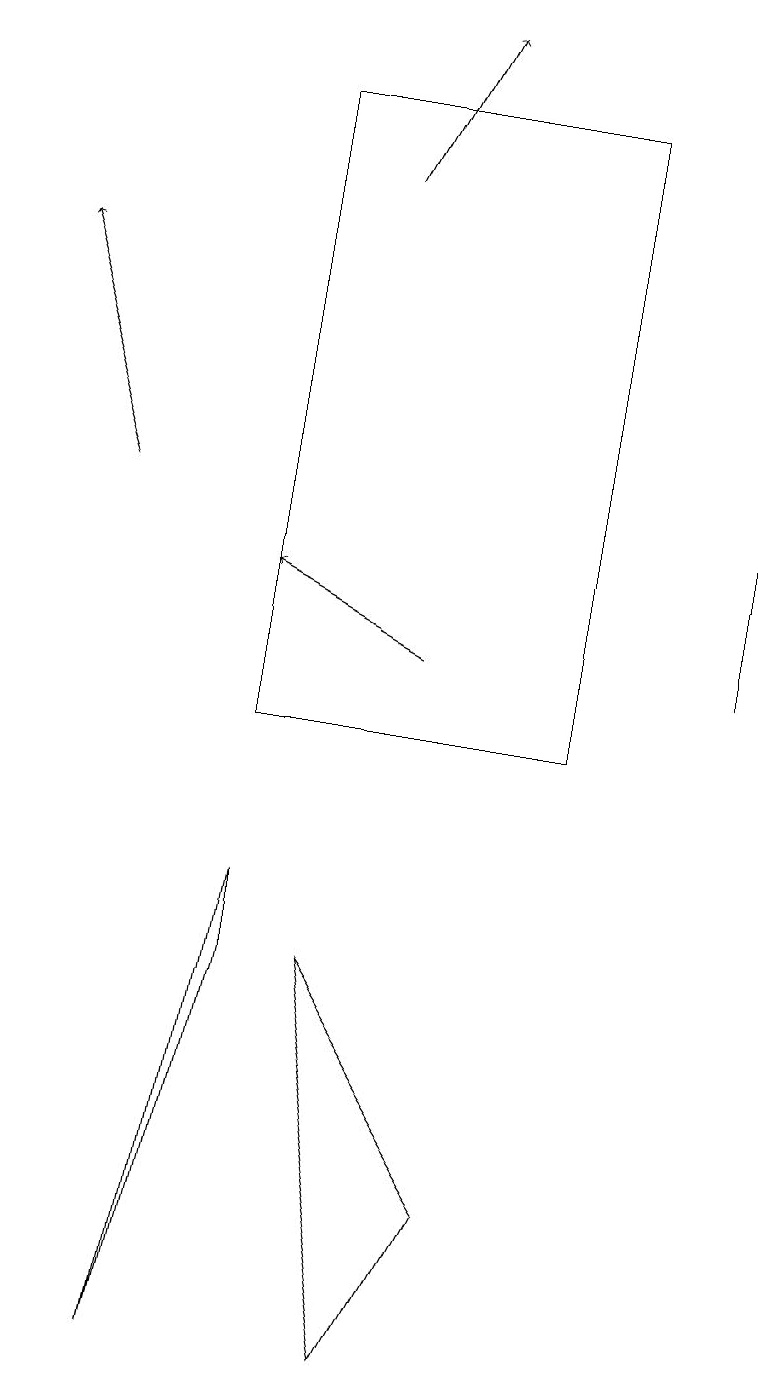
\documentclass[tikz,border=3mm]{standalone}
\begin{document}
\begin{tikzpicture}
\draw[->] (5,11) -- (3,12);
\draw (3,7) -- (3,8) -- (2,2) -- cycle;
\draw (4,7) -- (5,2) -- (6,4) -- cycle;
\draw[->] (1,13) -- (0,16);
\draw (7,18) rectangle (3,10);
\draw[->] (4,17) -- (5,19);
\draw[->] (9,11) -- (9,15);
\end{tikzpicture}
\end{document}